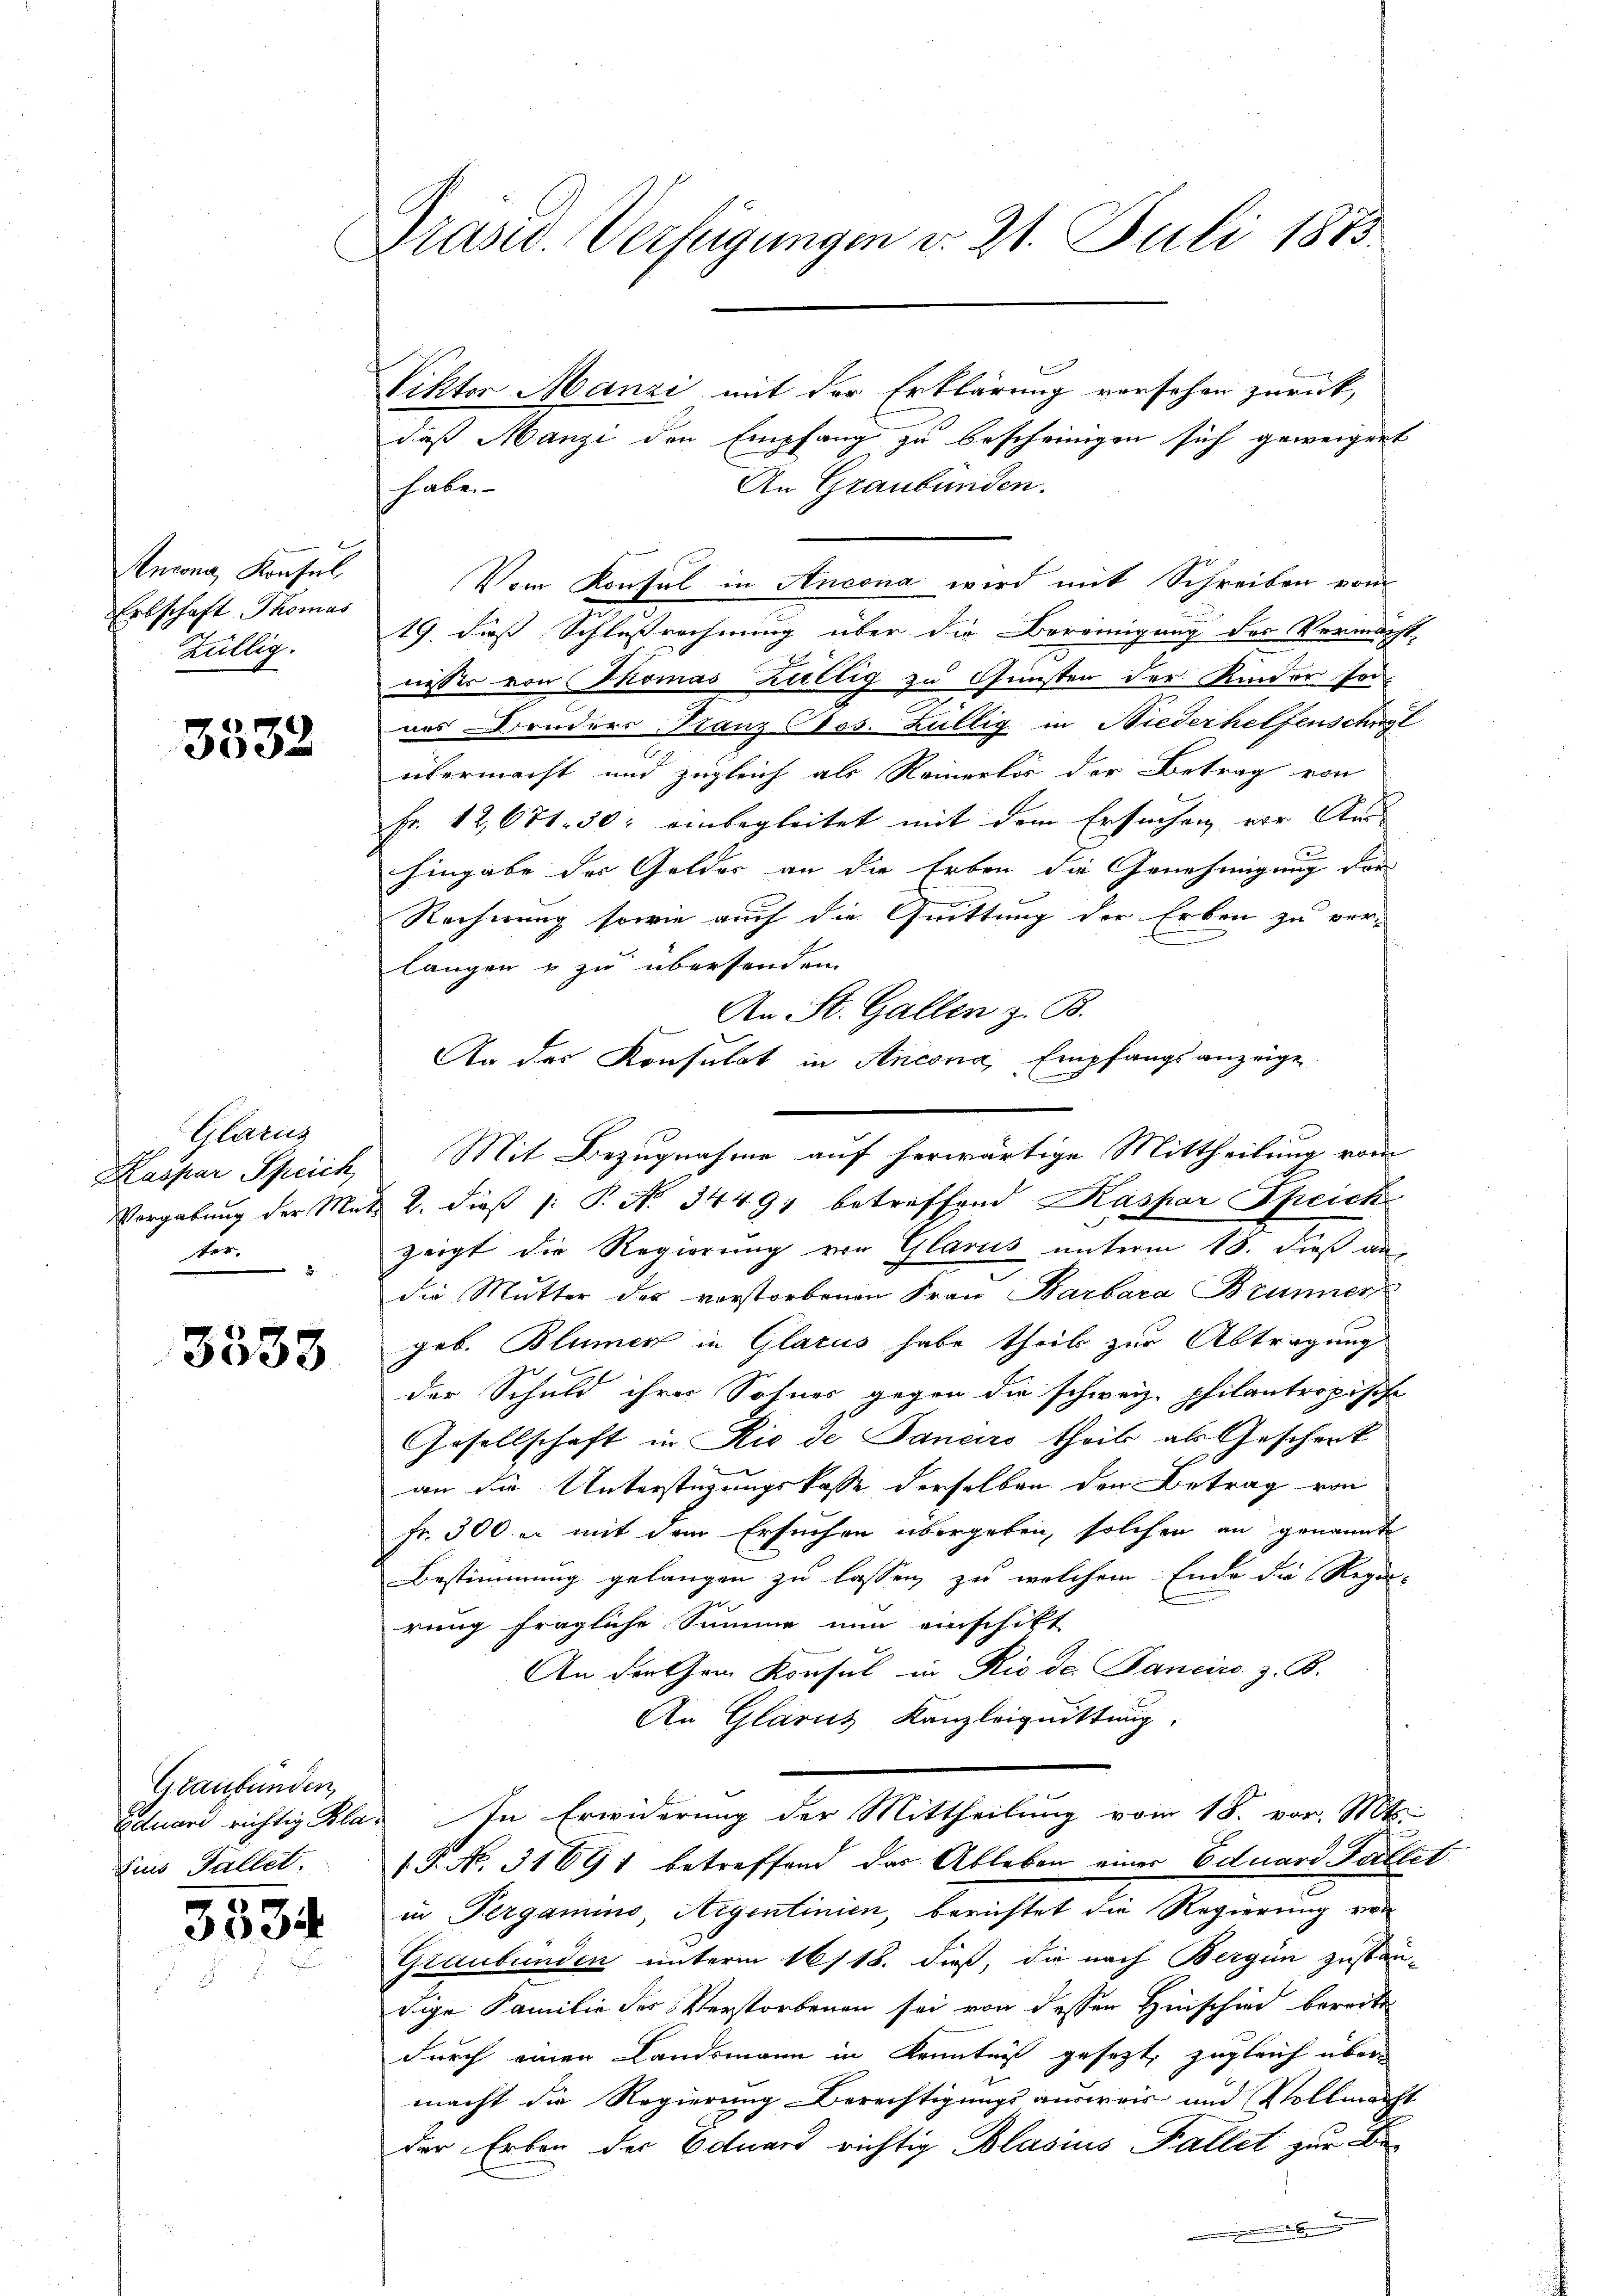
Anzona, Konsul
Erbschaft Thomas
Züllig.

3332

Glarus
Kaspar Speich
Vergabung der Me
ter.

3533

Graubünden
Eduard richtig Kla¬
Eins Fallet.

3334

Präsid. Verfügungen d. 21. Juli 1873

Vikter Manzi mit der Erklärung versehen zurück,
daß Manzi den Empfang zu bescheinigen sich geweigent
An Graubünden.
haben
Vom Konsul in Ancona wird mit Schreiben vom
19. daß Schlußrechnung über die Bereinigung des Vermacht,
aisser von Thomas Züllig zu Gunsten der Kinder son-
nus Bruders Stanz Cos.Züllig in Niederhelfenschwyl
übermacht und zugleich als Reinerlös der Betrag von
Fr. 12,671. 30: einbegleitet mit dem Ersuchen vor Aus-
u
hingabe der Gelder an die Erben die Genehmigung der
Rechnung sowie auf die Quittung der Erben zu verlangen & zu übersenden
An St. Gallen z. B.
2. dieß (: P. No. 3449; betreffend Kaspar Speich
zeigt die Regierung von Glarus unterm 18. dieß an,
die Mutter des verstorbenen Frau Barbara Brunner
geb. Blümer in Glarus habe theils zur Abtragung
der Schuld ihrer Sohnes gegen die schweiz. Philantropische
Gesellschaft in Rio de Janeiro theils als Geschenk
an die Unterstüzungskasse derselben den Betrag von
fr. 300 er mit dem Ersuchen übergeben, solchen an genannte
Bestimmung gelangen zu lassen, zu welchem Ende die Regie-
rung fragliche Summe nun einschift
An der Grad Konsul in Rio der Pancirs z. B.
An Glarus Kanzleiquittung,
In Erwiderung der Mittheilung vom 18. vor. Mts.
T. N. 31691 betreffend das Ableben einer Eduard Fallet
in Pergamino Aigentinien, berichtet die Regierung von
Graubünden unterm 16/18. dieß, die nach Bergen zustandige Familie des Verstorbenen sei von dessen Hinschied bereits
durch einen Landsmann in Kenntniß gesezt, zugleich über
macht die Regierung Berechtigungsausweis und Vollmacht
der Erben der Octuars richtig Blasius Fallet zur Be¬

An das Konsulat in Ancona, Empfangsanzeige.
Mit Bezugnahme auf herwärtige Mittheilung vom